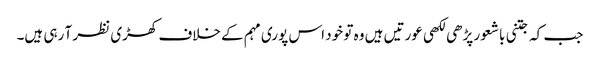
جب کہ جتنی باشعور پڑھی لکھی عورتیں ہیں وہ تو خود اس پوری مہم کے خلاف کھڑی نظر آ رہی ہیں۔